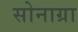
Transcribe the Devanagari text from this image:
सोनाग्रा